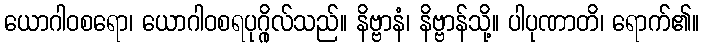
ယောဂါဝစရော၊ ယောဂါဝစရပုဂ္ဂိုလ်သည်။ နိဗ္ဗာနံ၊ နိဗ္ဗာန်သို့။ ပါပုဏာတိ၊ ရောက်၏။